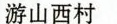
游山西村